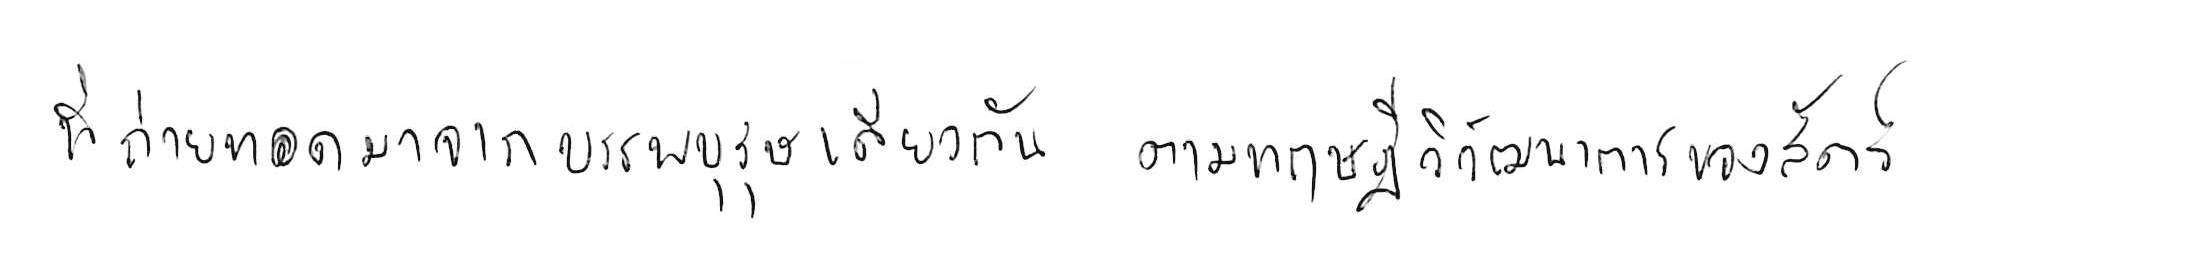
ที่ถ่ายทอดมาจากบรรพบุรุษเดียวกัน ตามทฤษฎีวิวัฒนาการของสัตว์